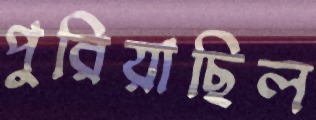
পুরিয়াছিল